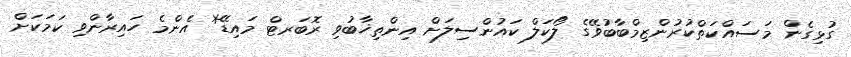
ގުޅިގެން މަސައްކަތްކުރުންޒިމްބާބުވޭގެ ލޯކަލް ކައުންސިލަށް އިންތިޚާބުވި ރޮބަރޓް މައިޑޭ* އެންމެ ހައިރާންވި ކަމަކަށް